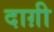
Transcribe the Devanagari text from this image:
दाग़ी